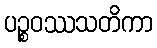
ပဉ္စဝဿသတိကာ